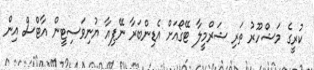
ކުރީގެ މަޝްހޫރު ތަރި ޝަރްމީލާ ޓޭގޯއަށް އެޑިންބަރާ ނޭޕިއާ ޔުނިވަސިޓީން އާޓްސް އިން